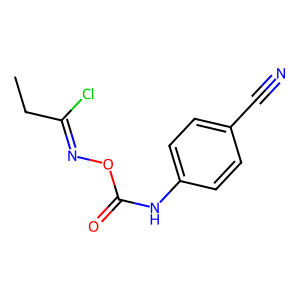
SMILES: CCC(Cl)=NOC(=O)Nc1ccc(C#N)cc1
Inhibits HIV replication: No